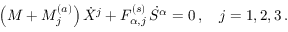
\left( M + M _ { j } ^ { ( a ) } \right) \dot { X } ^ { j } + F _ { \alpha , j } ^ { ( s ) } \, \dot { S } ^ { \alpha } = 0 \, , \quad j = 1 , 2 , 3 \, .